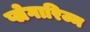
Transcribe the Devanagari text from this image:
प्लेगारिज्म